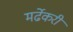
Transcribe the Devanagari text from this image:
मर्ढेकरी